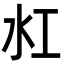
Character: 𬇔